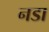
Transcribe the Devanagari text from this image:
नडा